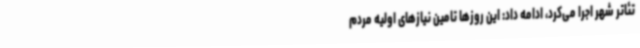
تئاتر شهر اجرا می‌کرد، ادامه داد: این روزها تامین نیازهای اولیه مردم